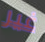
غير